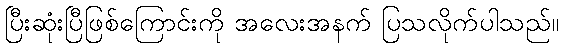
ပြီးဆုံးပြီဖြစ်ကြောင်းကို အလေးအနက် ပြသလိုက်ပါသည်။